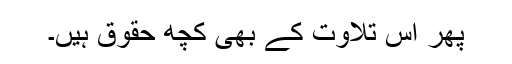
پھر اس تلاوت کے بھی کچھ حقوق ہیں۔